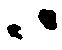
ハ